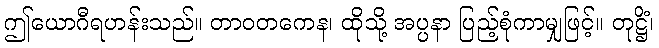
ဤယောဂီရဟန်းသည်။ တာဝတကေန၊ ထိုသို့ အပ္ပနာ ပြည့်စုံကာမျှဖြင့်။ တုဋ္ဌိံ၊